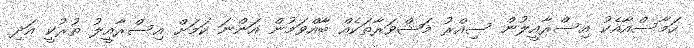
ހަމާސްއާއެކު އިސްރާއީލުން ސިއްރު މަޝްވަރާތަކެއް ބާއްވަމުން އަންނަ ކަމަށް އިސްރާއީލު ތުރުކީ އަދި